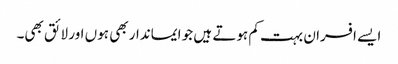
ایسے افسران بہت کم ہوتے ہیں جو ایماندار بھی ہوں اور لائق بھی۔